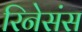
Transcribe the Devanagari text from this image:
रिनेसंस